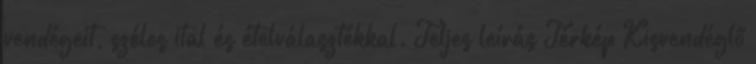
vendégeit, széles ital és ételválasztékkal. Teljes leírás Térkép Kisvendéglő